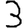
Digit: 3